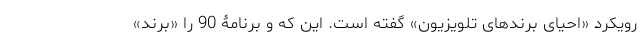
رویکرد «احیای برندهای تلویزیون» گفته است. این که و برنامۀ 90 را «برند»